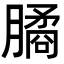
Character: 𣎛